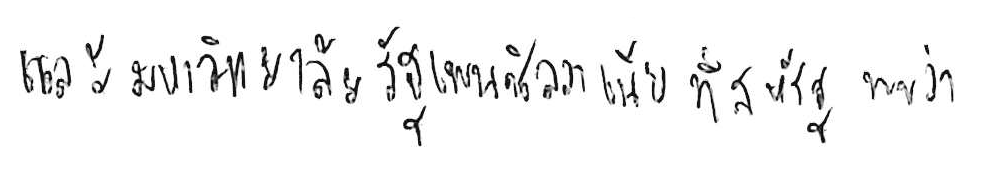
และมหาวิทยาลัยรัฐเพนซิลวาเนีย ที่สหรัฐ พบว่า